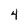
Character: 4